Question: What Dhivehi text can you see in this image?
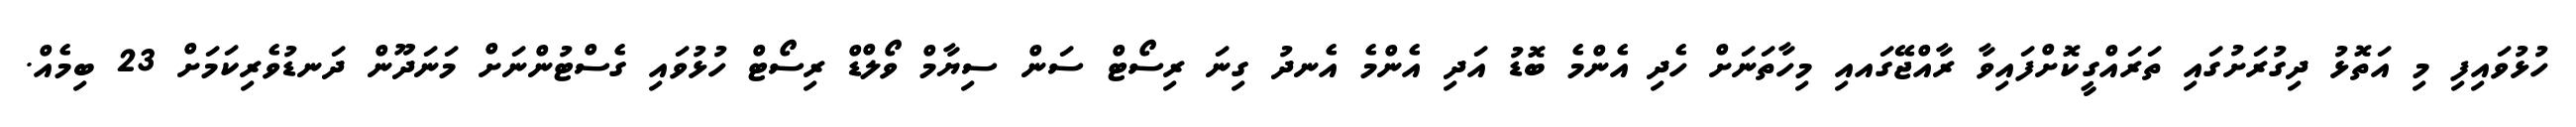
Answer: ހުޅުވައިފި މި އަތޮޅު ދިގުރަށުގައި ތަރައްގީކޮށްފައިވާ ރާއްޖޭގައއި މިހާތަނަށް ހެދި އެންމެ ބޮޑު އަދި އެންމެ އެނދު ގިނަ ރިސޯޓް ސަން ސިޔާމް ވޯލްޑް ރިސޯޓް ހުޅުވައި ގެސްޓުންނަށް މަނަދޫން ދަނޑުވެރިކަމަށް 23 ބިމެއް.